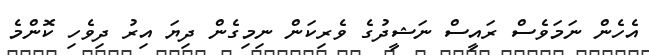
އެހެން ނަމަވެސް ރައީސް ނަޝީދުގެ ވެރިކަން ނިމިގެން ދިޔަ އިރު ދިވެހި ކޮންމެ